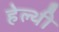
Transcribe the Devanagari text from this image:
हेल्थी